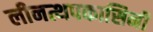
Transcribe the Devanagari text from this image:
लीनत्थपकासिनी